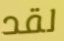
لقد